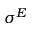
\sigma ^ { E }